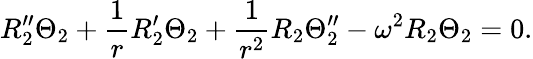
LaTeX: R_{2}^{\prime\prime}\Theta_{2}+\frac{1}{r}R_{2}^{\prime}\Theta_{2}+\frac{1}{r^{2}}R_{2}\Theta_{2}^{\prime\prime}-\omega^{2}R_{2}\Theta_{2}=0.